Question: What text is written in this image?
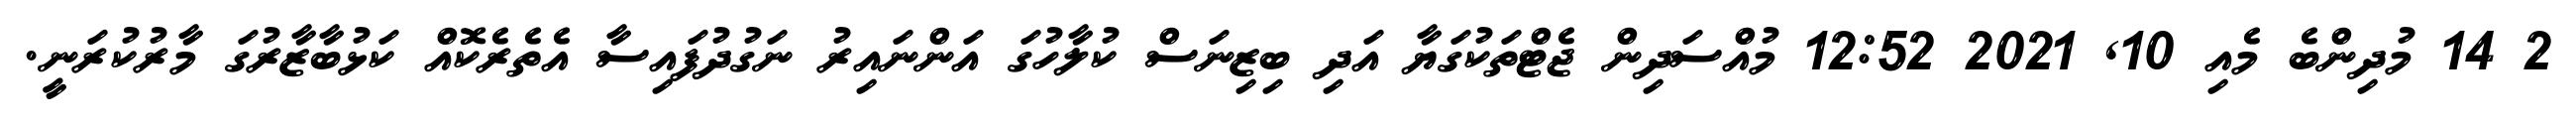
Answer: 2 14 މުދިންބެ މެއި 10, 2021 12:52 މުއްސަދިން ޖެޓްތަކުގަޔާ އަދި ބިޒިނަސް ކުލާހުގަ އަންނައިރު ނަގުދުފައިސާ އެތެރެކޮއް ކަޅުބާޒާރުގަ މާރުކުރަނީ.